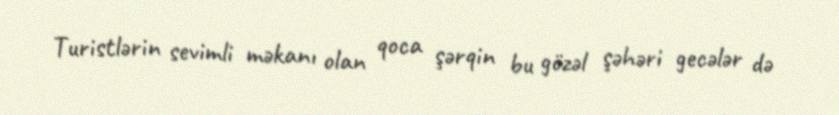
Turistlərin sevimli məkanı olan qoca şərqin bu gözəl şəhəri gecələr də